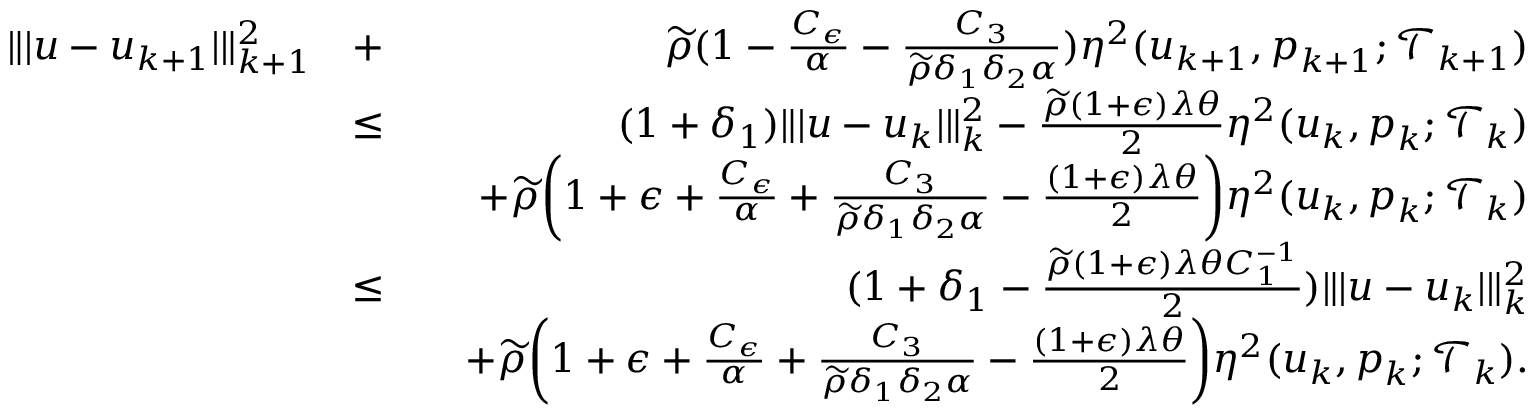
\begin{array} { r l r } { \| \vert \boldsymbol { u } - \boldsymbol { u } _ { k + 1 } \vert \| _ { k + 1 } ^ { 2 } } & { + } & { \widetilde { \rho } ( 1 - \frac { C _ { \epsilon } } { \alpha } - \frac { C _ { 3 } } { \widetilde { \rho } \delta _ { 1 } \delta _ { 2 } \alpha } ) \eta ^ { 2 } ( \boldsymbol { u } _ { k + 1 } , \boldsymbol { p } _ { k + 1 } ; \mathcal { T } _ { k + 1 } ) } \\ & { \leq } & { ( 1 + \delta _ { 1 } ) \| \vert \boldsymbol { u } - \boldsymbol { u } _ { k } \vert \| _ { k } ^ { 2 } - \frac { \widetilde { \rho } ( 1 + \epsilon ) \lambda \theta } { 2 } \eta ^ { 2 } ( \boldsymbol { u } _ { k } , \boldsymbol { p } _ { k } ; \mathcal { T } _ { k } ) } \\ & { } & { \quad + \widetilde { \rho } \bigg ( 1 + \epsilon + \frac { C _ { \epsilon } } { \alpha } + \frac { C _ { 3 } } { \widetilde { \rho } \delta _ { 1 } \delta _ { 2 } \alpha } - \frac { ( 1 + \epsilon ) \lambda \theta } { 2 } \bigg ) \eta ^ { 2 } ( \boldsymbol { u } _ { k } , \boldsymbol { p } _ { k } ; \mathcal { T } _ { k } ) } \\ & { \leq } & { ( 1 + \delta _ { 1 } - \frac { \widetilde { \rho } ( 1 + \epsilon ) \lambda \theta C _ { 1 } ^ { - 1 } } { 2 } ) \| \vert \boldsymbol { u } - \boldsymbol { u } _ { k } \vert \| _ { k } ^ { 2 } } \\ & { } & { \quad + \widetilde { \rho } \bigg ( 1 + \epsilon + \frac { C _ { \epsilon } } { \alpha } + \frac { C _ { 3 } } { \widetilde { \rho } \delta _ { 1 } \delta _ { 2 } \alpha } - \frac { ( 1 + \epsilon ) \lambda \theta } { 2 } \bigg ) \eta ^ { 2 } ( \boldsymbol { u } _ { k } , \boldsymbol { p } _ { k } ; \mathcal { T } _ { k } ) . } \end{array}